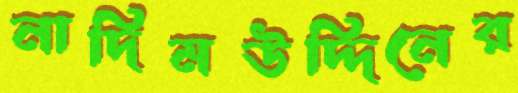
নাদিমউদ্দিনের